Indian journal of veterinary science and animal husbandry - Volumes 18-21, 1948-1951
Year: 1948
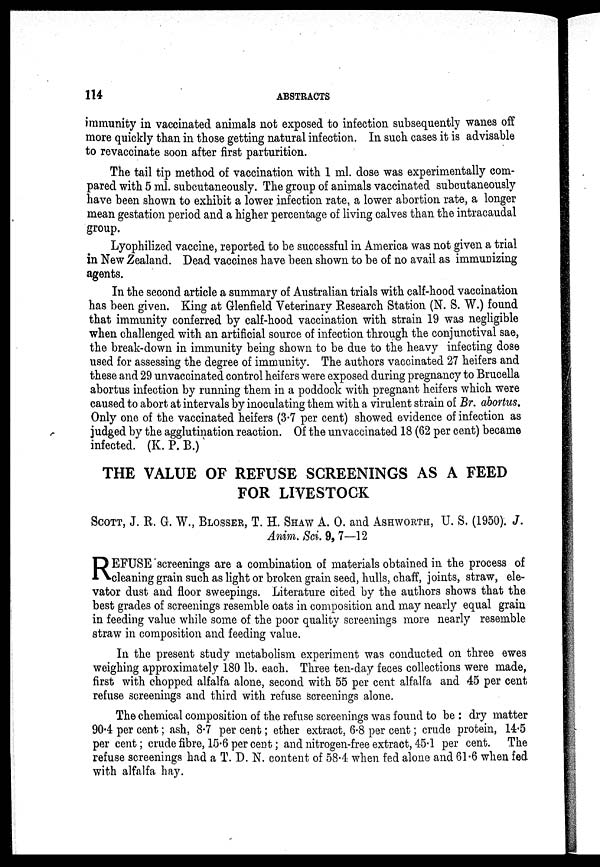
114
ABSTRACTS
immunity in vaccinated animals not exposed to infection subsequently wanes off
more quickly than in those getting natural infection. In such cases it is advisable
to revaccinate soon after first parturition.
The tail tip method of vaccination with 1 ml. dose was experimentally com-
pared with 5 ml. subcutaneously. The group of animals vaccinated subcutaneously
have been shown to exhibit a lower infection rate, a lower abortion rate, a longer
mean gestation period and a higher percentage of living calves than the intracaudal
group.
Lyophilized vaccine, reported to be successful in America was not given a trial
in New Zealand. Dead vaccines have been shown to be of no avail as immunizing
agents.
In the second article a summary of Australian trials with calf-hood vaccination
has been given. King at Glenfield Veterinary Research Station (N. S. W.) found
that immunity conferred by calf-hood vaccination with strain 19 was negligible
when challenged with an artificial source of infection through the conjunctival sae,
the break-down in immunity being shown to be due to the heavy infecting dose
used for assessing the degree of immunity. The authors vaccinated 27 heifers and
these and 29 unvaccinated control heifers were exposed during pregnancy to Brucella
abortus infection by running them in a poddock with pregnant heifers which were
caused to abort at intervals by inoculating them with a virulent strain of Br. abortus.
Only one of the vaccinated heifers (3.7 per cent) showed evidence of infection as
judged by the agglutination reaction. Of the unvaccinated 18 (62 per cent) became
infected. (K. P. B.)
THE VALUE OF REFUSE SCREENINGS AS A FEED
FOR LIVESTOCK
SCOTT, J. R. G. W., BLOSSER, T. H. SHAW A. O. and ASHWORTH, U.S. (1950). J.
Anim. Sci. 9, 7—12
R EFUSE screenings are a combination of materials obtained in the process of
cleaning grain such as light or broken grain seed, hulls, chaff, joints, straw, ele-
vator dust and floor sweepings. Literature cited by the authors shows that the
best grades of screenings resemble oats in composition and may nearly equal grain
in feeding value while some of the poor quality screenings more nearly resemble
straw in composition and feeding value.
In the present study metabolism experiment was conducted on three ewes
weighing approximately 180 lb. each. Three ten-day feces collections were made,
first with chopped alfalfa alone, second with 55 per cent alfalfa and 45 per cent
refuse screenings and third with refuse screenings alone.
The chemical composition of the refuse screenings was found to be : dry matter
90.4 per cent; ash, 8.7 per cent; ether extract, 6.8 per cent; crude protein, 14.5
per cent; crude fibre, 15.6 per cent; and nitrogen-free extract, 45.1 per cent. The
refuse screenings had a T. D. N. content of 58.4 when fed alone and 61.6 when fed
with alfalfa hay.